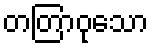
တတြာဝုသော